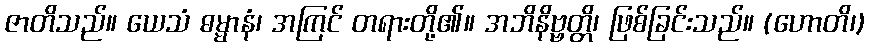
ဇာတိသည်။ ယေသံ ဓမ္မာနံ၊ အကြင် တရားတို့၏။ အဘိနိဗ္ဗတ္တိ၊ ဖြစ်ခြင်းသည်။ (ဟောတိ၊)